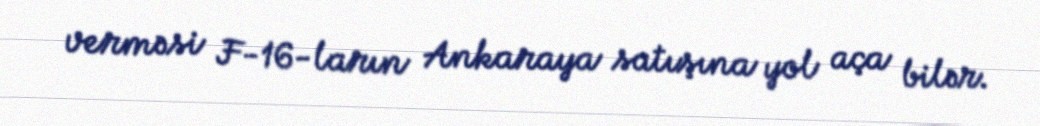
verməsi F-16-ların Ankaraya satışına yol aça bilər.